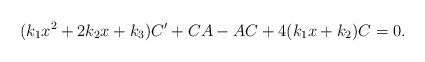
LaTeX: \begin{align*}(k_{1}x^{2}+2k_{2}x+k_{3})C^{\prime}+CA-AC+4(k_{1}x+k_{2})C=0.\end{align*}